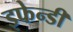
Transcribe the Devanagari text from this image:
इफेन्डी